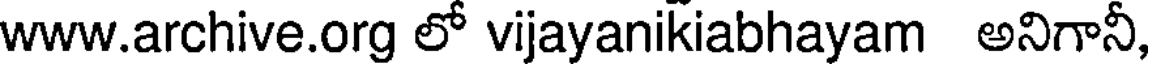
www.archive.org లో vijayanikiabhayam అనిగానీ,